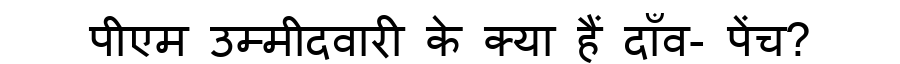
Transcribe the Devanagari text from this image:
पीएम उम्मीदवारी के क्या हैं दाँव- पेंच?